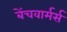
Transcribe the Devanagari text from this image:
बेंचवार्मर्स